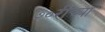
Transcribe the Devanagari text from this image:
७०रीच्या